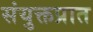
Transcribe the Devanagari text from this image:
संयुक्तप्रात